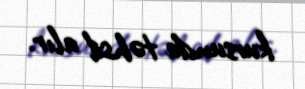
kursunda təhsil alır.